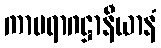
ကာမရာဂဋ္ဌာနီယာနံ